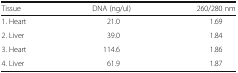
| Tissue | DNA (ng/ul) | 260/280 nm |
 | --- | --- | --- |
 | 1. Heart | 21.0 | 1.69 |
 | 2. Liver | 39.0 | 1.84 |
 | 3. Heart | 114.6 | 1.86 |
 | 4. Liver | 61.9 | 1.87 |